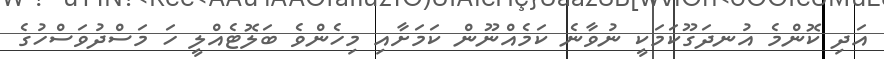
އަދި ކޮންމެ އުނދަގޫކަމަކީ ނުވާނެ ކަމެއްނޫން ކަމަށާއި މިހެންވެ ބަލޮޓެއްލީ ހަ މަސްދުވަސްހުގެ